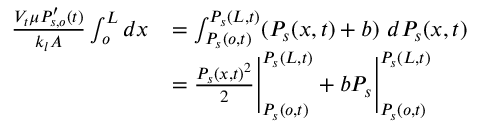
\begin{array} { r l } { \frac { V _ { t } \mu P _ { s , o } ^ { \prime } ( t ) } { k _ { l } A } \int _ { o } ^ { L } d x } & { = \int _ { P _ { s } ( o , t ) } ^ { P _ { s } ( L , t ) } ( P _ { s } ( x , t ) + b ) \ d P _ { s } ( x , t ) } \\ & { = \frac { P _ { s } ( x , t ) ^ { 2 } } { 2 } \Biggr | _ { P _ { s } ( o , t ) } ^ { P _ { s } ( L , t ) } + b P _ { s } \Biggr | _ { P _ { s } ( o , t ) } ^ { P _ { s } ( L , t ) } } \end{array}